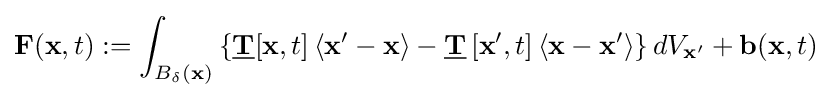
{\bf {F}}({\bf {x}},t):=\int _{B_{\delta }({\bf {x}})}\left\{{\underline {\mathbf {T} }}[\mathbf {x} ,t]\left\langle \mathbf {x} ^{\prime }-\mathbf {x} \right\rangle -{\underline {\mathbf {T} }}\left[\mathbf {x} ^{\prime },t\right]\left\langle \mathbf {x} -\mathbf {x} ^{\prime }\right\rangle \right\}dV_{\mathbf {x} ^{\prime }}+\mathbf {b} (\mathbf {x} ,t)